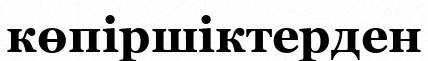
көпіршіктерден